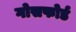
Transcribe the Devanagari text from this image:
गोसफोर्ड